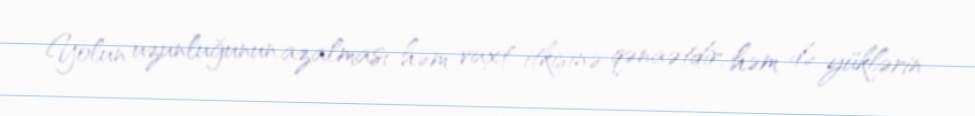
Yolun uzunluğunun azalması həm vaxt itkisinə qənaətdir, həm də yüklərin